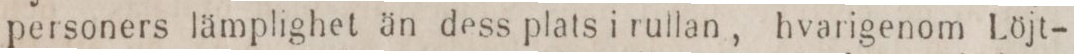
personers lämplighet än dess plats i rullan, hvarigenom Löjt-